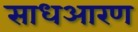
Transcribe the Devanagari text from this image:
साधआरण